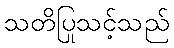
သတိပြုသင့်သည်